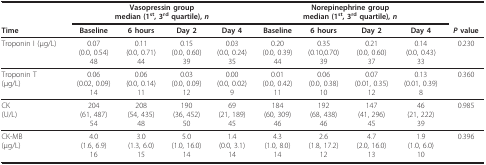
<table><thead><tr><td></td><td colspan="4"><b>Vasopressin groupmedian (1<sup>st</sup>, 3<sup>rd </sup>quartile), <i>n</i></b></td><td colspan="4"><b>Norepinephrine groupmedian (1<sup>st</sup>, 3<sup>rd </sup>quartile), <i>n</i></b></td><td></td></tr><tr><td><b>Time</b></td><td><b>Baseline</b></td><td><b>6 hours</b></td><td><b>Day 2</b></td><td><b>Day 4</b></td><td><b>Baseline</b></td><td><b>6 hours</b></td><td><b>Day 2</b></td><td><b>Day 4</b></td><td><b><i>P </i>value</b></td></tr></thead><tbody><tr><td>Troponin I (μg/L)</td><td>0.07(0.0, 0.54)48</td><td>0.11(0.0, 0.71)44</td><td>0.15(0.0, 0.60)39</td><td>0.03(0.0, 0.24)35</td><td>0.20(0.0, 0.39)44</td><td>0.35(0.10,0.70)39</td><td>0.21(0.0, 0.60)37</td><td>0.14(0.0, 0.43)33</td><td>0.230</td></tr><tr><td>Troponin T(μg/L)</td><td>0.06(0.02, 0.09)14</td><td>0.06(0.0, 0.14)11</td><td>0.03(0.0, 0.09)12</td><td>0.00(0.0, 0.02)9</td><td>0.01(0.0, 0.42)11</td><td>0.06(0.0, 0.38)10</td><td>0.07(0.01, 0.35)12</td><td>0.13(0.01, 0.39)8</td><td>0.360</td></tr><tr><td>CK(U/L)</td><td>204(61, 487)54</td><td>208(54, 435)48</td><td>190(36, 452)50</td><td>69(21, 189)45</td><td>184(60, 309)46</td><td>192(68, 438)46</td><td>147(41, 296)45</td><td>46(21, 222)39</td><td>0.985</td></tr><tr><td>CK-MB(μg/L)</td><td>4.0(1.6, 6.9)16</td><td>3.0(1.3, 6.0)15</td><td>5.0(1.0, 16.0)14</td><td>1.4(0.0, 3.1)14</td><td>4.3(1.0, 8.0)14</td><td>2.6(1.8, 17.2)12</td><td>4.7(2.0, 16.0)13</td><td>1.9(1.0, 6.0)10</td><td>0.396</td></tr></tbody></table>